Civil Veterinary Dept. Bombay admin report 1914-1922 - 1914-1922
Year: 1914
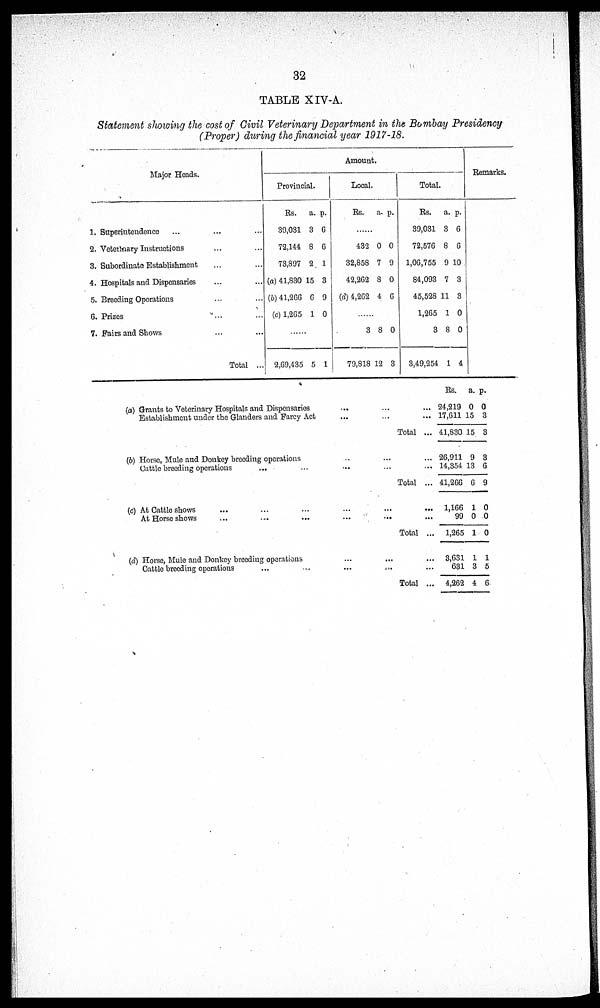
32
TABLE XIV-A.
Statement showing the cost of Civil Veterinary Department in the Bombay Presidency
(Proper) during the financial year 1917-18.
Major Heads.
1. Superintendence ... ...
2. Veterinary Instructions ... ...
3. Subordinate Establishment .... ....
4. Hospitals and Dispensaries .... ....
5. Breeding Operations .... ....
6. Prizes .... ....
7. Fairs and Shows .... ....
Total ...
Amount.
Provincial.
Rs.
39,031
72,144
73,897
(a) 41,830
(b) 41,266
(c) 1,265
a.
3
8
2
15
6
1
p.
6
6
1
3
9
0
........
2,69,435 5 1
Local.
Rs. a. p.
........
432
32,858
42,262
(d) 4,262
0
7
8
4
0
9
0
6
........
3
79,818
8
12
0
3
Total.
Rs.
39,031
72,576
1,06,755
84,093
45,528
1,265
3
3,49,254
a.
3
8
9
7
1
1
8
1
p.
6
6
10
3
3
0
0
4
Remarks.
(a) Grants to Veterinary Hospitals and Dispensaries
...
...
...
Establishment under the Glanders and Farcy Act
...
...
...
Total
(b) Horse, Mule and Donkey breeding operations ... ... ...
Cattle breeding operations
...
...
...
Total ...
(c) At Cattle shows .... .... ....
At Horse shows
....
....
....
Total
(d) Horse, Mule and Donkey breeding operations ... ... ...
Cattle breeding operations
....
....
Total ...
Rs.
24,219
17,611
41,830
26,911
14,354
41,266
1,166
99
1,265
3,631
631
4,262
a.
0
15
15
9
13
6
1
0
1
1
3
4
p.
0
3
3
3
6
9
0
0
0
1
5
6